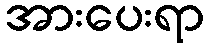
အားပေးရာ